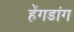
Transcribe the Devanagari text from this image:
हेंगडांग